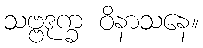
သဗ္ဗဒုက္ခ ဝိနာသနေ။